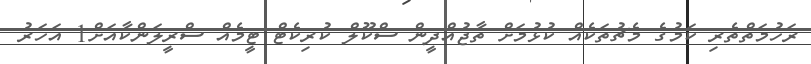
ރަހުމަތްތެރި ކަމުގެ މެޗުތަކެއް ކުޅުމަށް ތާޖުއްދީން ސްކޫލް ކުރިކެޓް ޓީމެއް ސްރީލަންކާއަށް1 އަހަރު